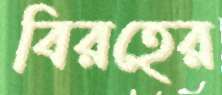
বিরহের